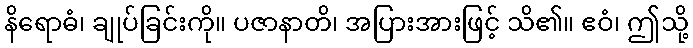
နိရောဓံ၊ ချုပ်ခြင်းကို။ ပဇာနာတိ၊ အပြားအားဖြင့် သိ၏။ ဧဝံ၊ ဤသို့